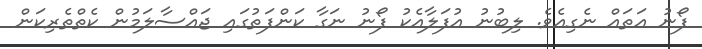
ފޯނު އަތައް ނެގިއެވެ. ލިބުނު އުފަލާއެކު ފޯނު ނަގާ ކަންފަތުގައި ޖައްސާލަމުން ކެތްތެރިކަން